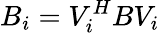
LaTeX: B_{i}=V_{i}^{H}BV_{i}